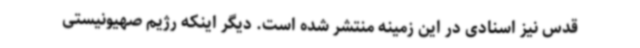
قدس نیز اسنادی در این زمینه منتشر شده است. دیگر اینکه رژیم صهیونیستی